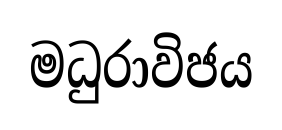
මධුරාවිජය